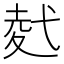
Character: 𭚢